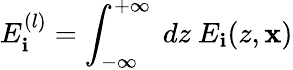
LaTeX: E_{\mathbf{i}}^{(l)}=\int_{-\infty}^{+\infty}~dz~E_{\mathbf{i}}(z,{\mathbf{x}})